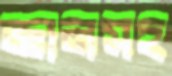
জ্ঞানসহ